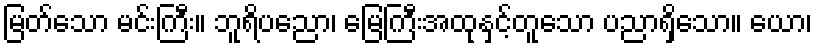
မြတ်သော မင်းကြီး။ ဘူရိပညော၊ မြေကြီးအထုနှင့်တူသော ပညာရှိသော။ ယော၊